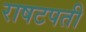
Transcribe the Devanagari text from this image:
राषटपती